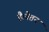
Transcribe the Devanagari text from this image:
है।वेतन